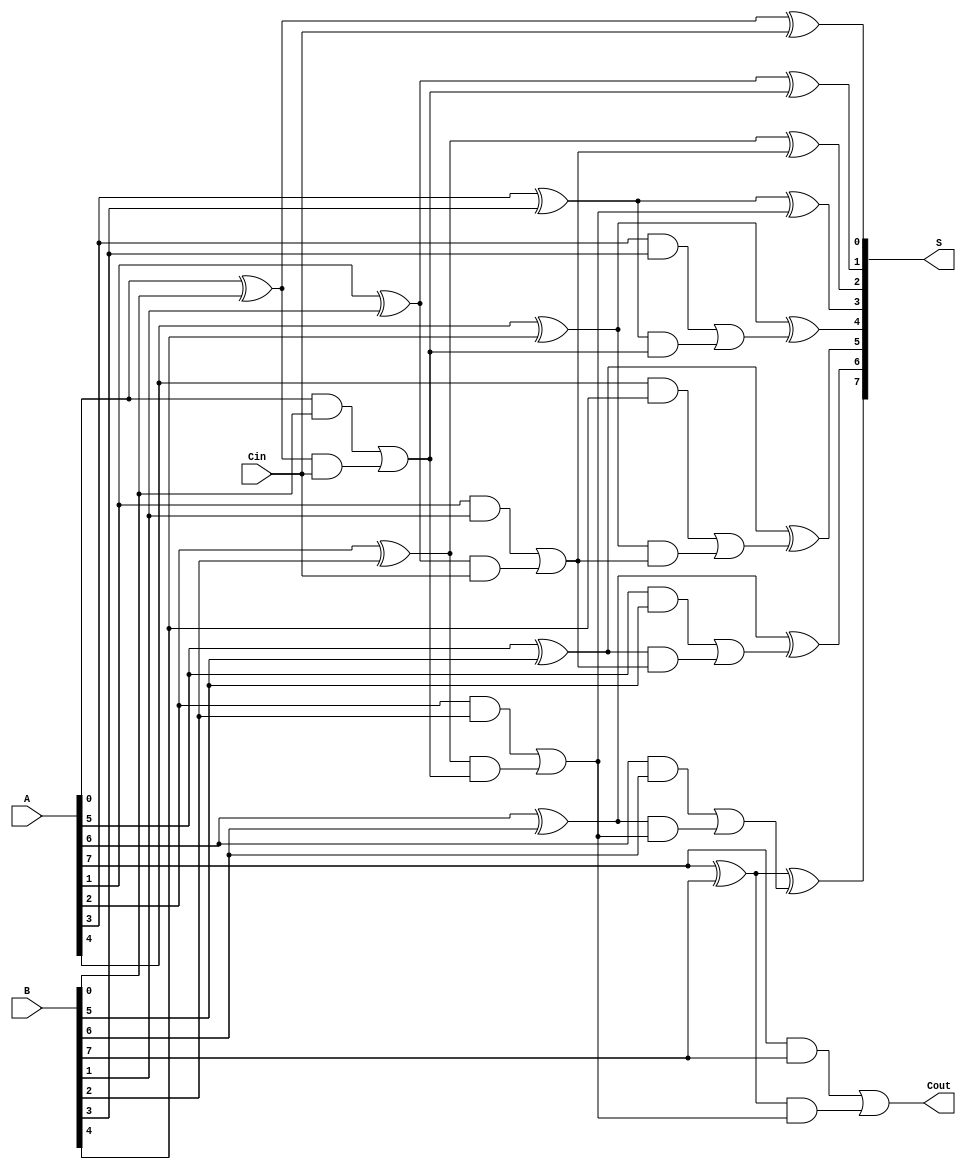
module brent_kung_adder #(parameter N = 8) (
    input  wire [N-1:0] A,     // First n-bit input
    input  wire [N-1:0] B,     // Second n-bit input
    input  wire Cin,            // Input carry
    output wire [N-1:0] S,      // n-bit sum output
    output wire Cout            // Carry output
);

    // Generate and propagate signals
    wire [N-1:0] G; // Generate signals
    wire [N-1:0] P; // Propagate signals

    genvar i;
    generate
        for (i = 0; i < N; i = i + 1) begin : gen_prop
            assign G[i] = A[i] & B[i]; // Generate
            assign P[i] = A[i] ^ B[i]; // Propagate
        end
    endgenerate

    // Carry signals computation
    wire [N:0] C; // Carry signals, C[0] is Cin
    assign C[0] = Cin; // Initial carry input

    // Level 1 carry generation
    generate
        for (i = 0; i < N/2; i = i + 1) begin : carry_level1
            assign C[i*2 + 1] = G[i*2] | (P[i*2] & C[i]);
            assign C[i*2 + 2] = G[i*2 + 1] | (P[i*2 + 1] & C[i]);
        end
    endgenerate

    // Level 2 carry generation
    generate
        for (i = 0; i < N/4; i = i + 1) begin : carry_level2
            assign C[i*4 + 3] = G[i*4 + 2] | (P[i*4 + 2] & C[i*2 + 1]);
            assign C[i*4 + 4] = G[i*4 + 3] | (P[i*4 + 3] & C[i*2 + 1]);
        end
    endgenerate

    // Continue carry levels until the final carry-out
    generate
        for (i = 0; i < N/8; i = i + 1) begin : carry_level3
            assign C[i*8 + 7] = G[i*8 + 6] | (P[i*8 + 6] & C[i*4 + 3]);
            assign C[i*8 + 8] = G[i*8 + 7] | (P[i*8 + 7] & C[i*4 + 3]);
        end
    endgenerate

    // Final carry-out
    assign Cout = C[N];

    // Sum calculation
    generate
        for (i = 0; i < N; i = i + 1) begin : sum_calculation
            assign S[i] = P[i] ^ C[i]; // Sum bit
        end
    endgenerate

endmodule